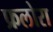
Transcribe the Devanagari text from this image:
फ्रलोरा